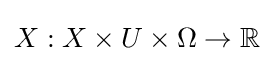
X:X\times U\times \Omega \to \mathbb {R}